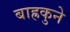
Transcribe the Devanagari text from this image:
बाह्रकुने